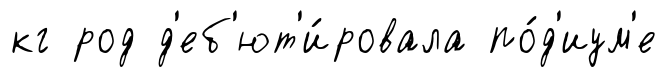
кг род д'еб'ют'и́ровала по́д'иум'е